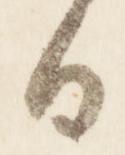
日